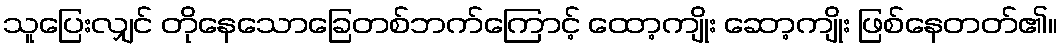
သူပြေးလျှင် တိုနေသောခြေတစ်ဘက်ကြောင့် ထော့ကျိုး ဆော့ကျိုး ဖြစ်နေတတ်၏။